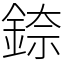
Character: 錼